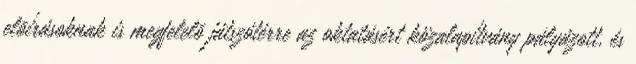
elõírásoknak is megfelelõ játszótérre az oktatásért közalapítvány pályázott, és